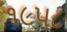
૧૯પ૮